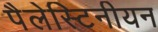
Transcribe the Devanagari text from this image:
पैलेस्टिनीयन